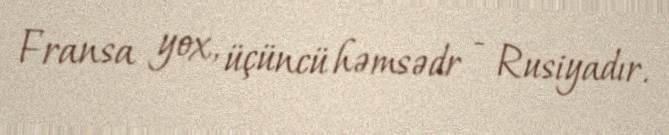
Fransa yox, üçüncü həmsədr - Rusiyadır.